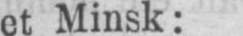
et Minsk: